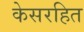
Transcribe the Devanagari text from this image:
केसरहित